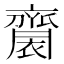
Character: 𪗋